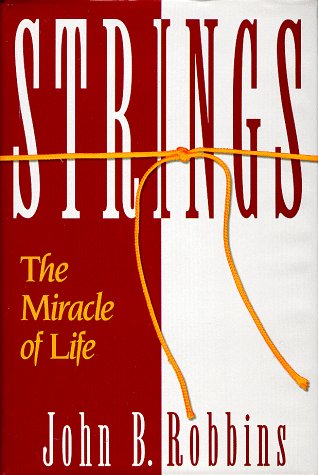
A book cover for Strings: The Miracle of Life; John Robbins; Health, Fitness & Dieting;